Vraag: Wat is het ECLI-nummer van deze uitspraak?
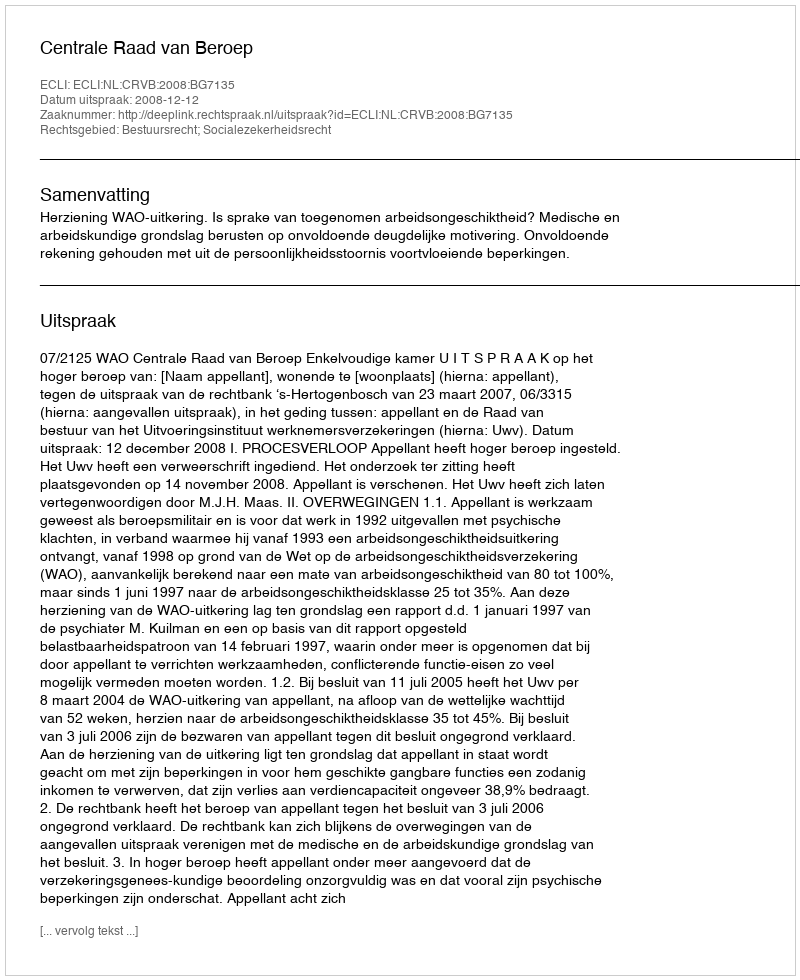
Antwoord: ECLI:NL:CRVB:2008:BG7135